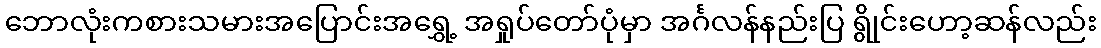
ဘောလုံးကစားသမားအပြောင်းအရွှေ့ အရှုပ်တော်ပုံမှာ အင်္ဂလန်နည်းပြ ရွိုင်းဟော့ဆန်လည်း